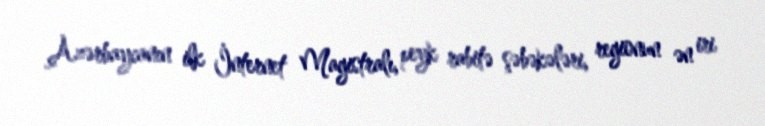
Azərbaycanın ilk İnternet Magistralı, peyk rabitə şəbəkələri, regionun ən iri